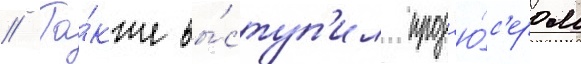
// Та́кже вы́ступ'ил прод'ю́с'ером